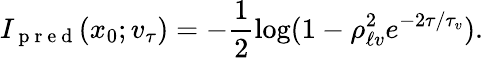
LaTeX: I_{\mathrm{~p~r~e~d~}}(x_{0};v_{\tau})=-\frac{1}{2}\log(1-\rho_{\ell v}^{2}e^{-2\tau/\tau_{v}}).